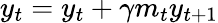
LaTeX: y_{t}=y_{t}+\gamma m_{t}y_{t+1}